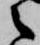
之